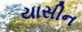
યાસીન